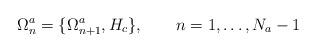
LaTeX: \begin{align*}\Omega^a_n=\{\Omega^a_{n+1},H_c\},\ \ \ \ \ \ n=1,\ldots,N_a-1\end{align*}